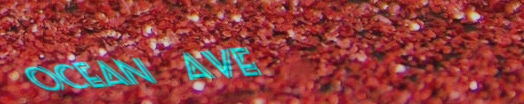
ocean ave